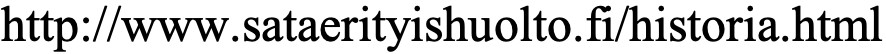
http://www.sataerityishuolto.fi/historia.html